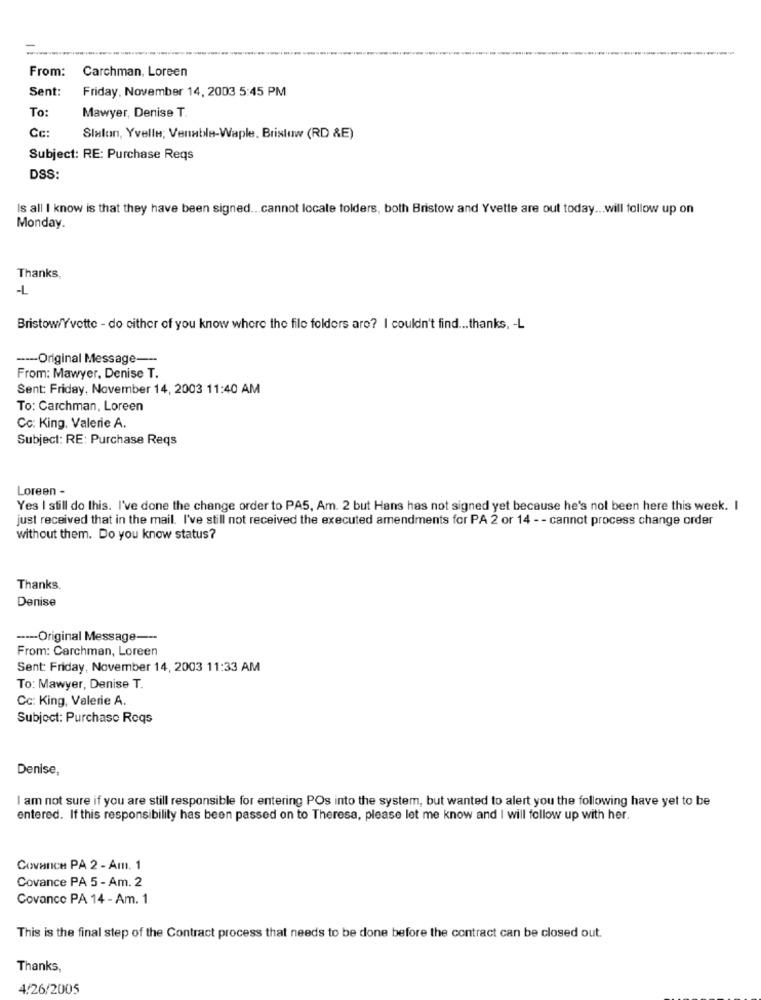
From:
Carchman, Loreen
Sent:
Friday, November 14, 2003 5:45 PM
To:
Mawyer, Denise T.
Cc:
Sixlon, Yvelle; Venable-Waple, Brislow (RD &E)
Subject: RE: Purchase Reqs
DSS:
Is all I know is that they have been signed ... cannot locate folders, both Bristow and Yvette are out today ... will follow up on
Monday.
Thanks,
-L
Bristow/Yvette - do either of you know where the file folders are? I couldn't find ... thanks, - L
----- Original Message ---
From: Mawyer, Denise T.
Sent: Friday, November 14, 2003 11:40 AM
To: Carchman, Loreen
Cc: King, Valerie A.
Subject: RE: Purchase Reqs
Loreen -
Yes I still do this. I've done the change order to PAS, Am. 2 but Hans has not signed yet because he's not been here this week. I
just received that in the mail. I've still not received the executed amendments for PA 2 or 14 - - cannot process change order
without them. Do you know status?
Thanks.
Denise
---- Original Message ---
From: Carchman, Loreen
Sent: Friday, November 14, 2003 11:33 AM
To: Mawyer, Denise T.
Cc: King, Valerie A.
Subject: Purchase Reqs
Denise,
I am not sure if you are still responsible for entering POs into the system, but wanted to alert you the following have yet to be
entered. If this responsibility has been passed on to Theresa, please let me know and I will follow up with her.
Covance PA 2 -Am. 1
Covance PA 5 - Am. 2
Covance PA 14 - Am. 1
This is the final step of the Contract process that needs to be done before the contract can be closed out.
Thanks,
4/26/2005